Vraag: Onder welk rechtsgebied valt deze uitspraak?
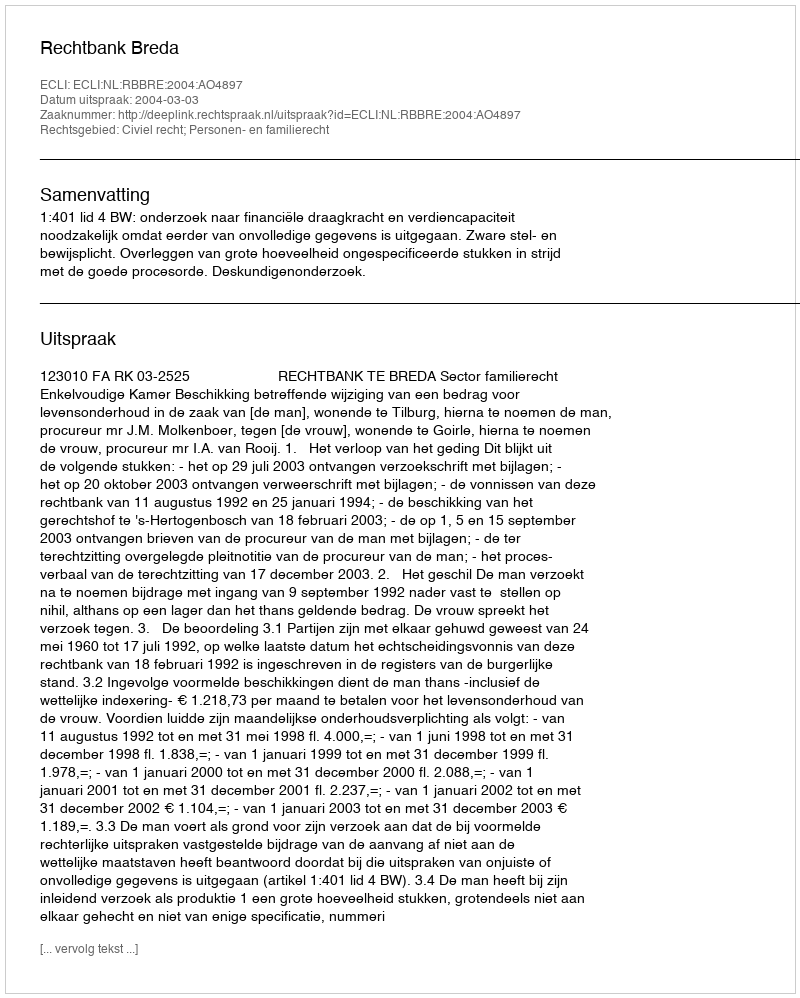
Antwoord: Civiel recht; Personen- en familierecht